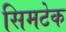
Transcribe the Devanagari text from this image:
सिमटेक